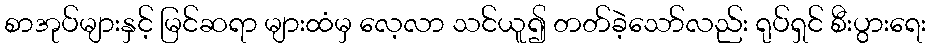
စာအုပ်များနှင့် မြင်ဆရာ များထံမှ လေ့လာ သင်ယူ၍ တတ်ခဲ့သော်လည်း ရုပ်ရှင် စီးပွားရေး